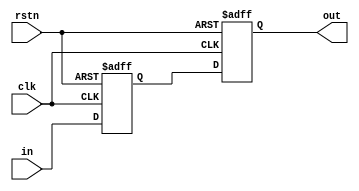
//
// module method(clk, rstn, in, out);
//
// input clk, rstn, in;
// output reg out;
// reg intermediate;
//
// always @(posedge clk , negedge rstn) begin
//     if (~rstn) intermediate <= 1'b0;
//     else intermediate <= in;
// end
//
// always @(posedge clk, negedge rstn) begin
//      if (~rstn) out <= 1'b0;
//     else out <= intermediate;
// end
//
// endmodule



module method(clk, rstn, in, out);

input clk, rstn, in;
output reg out;
reg intermediate;

always @(posedge clk , negedge rstn) begin
    if (~rstn) begin
       intermediate <= 1'b0;  // Notice non-Blocking assignment
       out          <= 1'b0;
    end else begin
       intermediate <= in;
       out          <= intermediate;
    end
end

endmodule